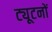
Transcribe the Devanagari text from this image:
ट्यूटनों